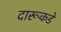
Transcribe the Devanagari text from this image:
दारूकडे